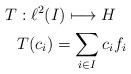
LaTeX: \begin{align*}T&:\ell^{2}(I)\longmapsto H\\&T(c_{i})=\sum _{i\in I}c_{i}f_{i}\end{align*}